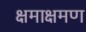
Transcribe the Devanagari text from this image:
क्षमाक्षमण